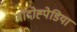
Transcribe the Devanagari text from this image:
बोदोह्पेडिया